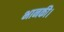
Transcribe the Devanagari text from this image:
भानकी।